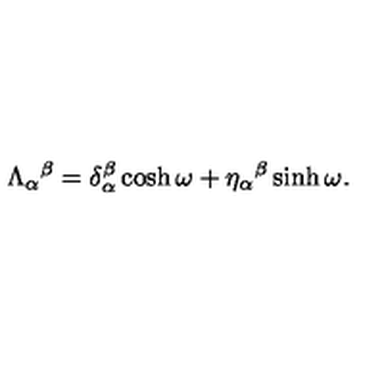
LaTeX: \Lambda _ { \alpha } { } ^ { \beta } = \delta _ { \alpha } ^ { \beta } \cosh \omega + \eta _ { \alpha } { } ^ { \beta } \sinh \omega .